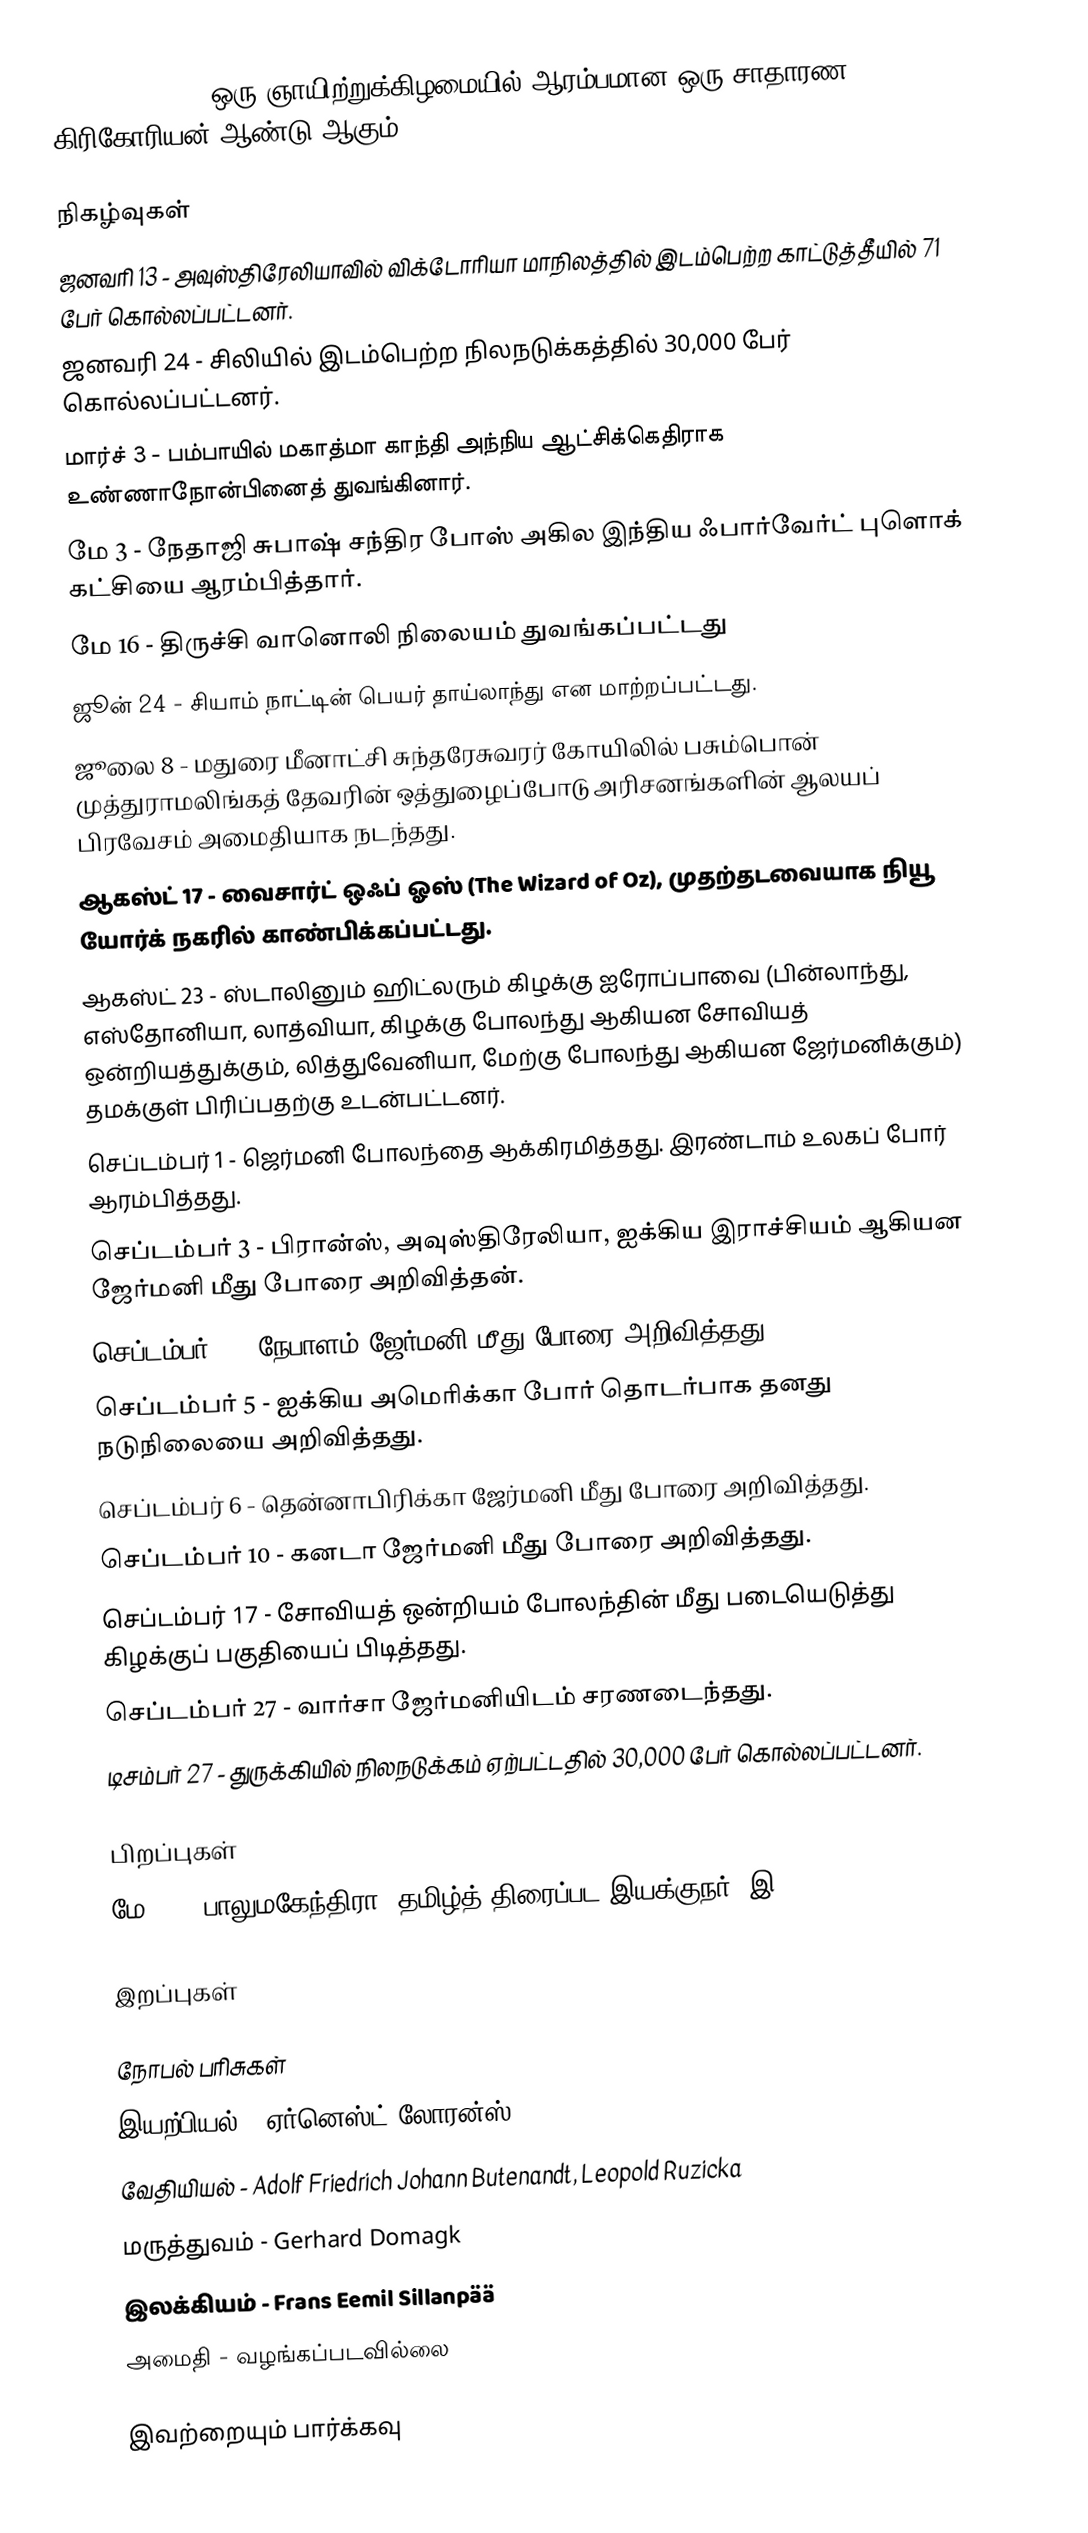
1939  (MCMXXXIX) ஒரு ஞாயிற்றுக்கிழமையில் ஆரம்பமான ஒரு சாதாரண கிரிகோரியன் ஆண்டு ஆகும்.

நிகழ்வுகள்
 ஜனவரி 13 - அவுஸ்திரேலியாவில் விக்டோரியா மாநிலத்தில் இடம்பெற்ற காட்டுத்தீயில் 71 பேர் கொல்லப்பட்டனர்.
 ஜனவரி 24 - சிலியில் இடம்பெற்ற நிலநடுக்கத்தில் 30,000 பேர் கொல்லப்பட்டனர்.
 மார்ச் 3 - பம்பாயில் மகாத்மா காந்தி அந்நிய ஆட்சிக்கெதிராக உண்ணாநோன்பினைத் துவங்கினார்.
 மே 3 - நேதாஜி சுபாஷ் சந்திர போஸ் அகில இந்திய ஃபார்வேர்ட் புளொக் கட்சியை ஆரம்பித்தார்.
 மே 16 - திருச்சி வானொலி நிலையம் துவங்கப்பட்டது
 ஜூன் 24 - சியாம் நாட்டின் பெயர் தாய்லாந்து என மாற்றப்பட்டது.
 ஜூலை 8 - மதுரை மீனாட்சி சுந்தரேசுவரர் கோயிலில் பசும்பொன் முத்துராமலிங்கத் தேவரின் ஒத்துழைப்போடு அரிசனங்களின் ஆலயப் பிரவேசம் அமைதியாக நடந்தது.
 ஆகஸ்ட் 17 - வைசார்ட் ஒஃப் ஓஸ் (The Wizard of Oz), முதற்தடவையாக நியூ யோர்க் நகரில் காண்பிக்கப்பட்டது.
 ஆகஸ்ட் 23 - ஸ்டாலினும் ஹிட்லரும் கிழக்கு ஐரோப்பாவை (பின்லாந்து, எஸ்தோனியா, லாத்வியா, கிழக்கு போலந்து ஆகியன சோவியத் ஒன்றியத்துக்கும், லித்துவேனியா, மேற்கு போலந்து ஆகியன ஜேர்மனிக்கும்) தமக்குள் பிரிப்பதற்கு உடன்பட்டனர்.
 செப்டம்பர் 1 - ஜெர்மனி போலந்தை ஆக்கிரமித்தது. இரண்டாம் உலகப் போர் ஆரம்பித்தது.
 செப்டம்பர் 3 - பிரான்ஸ், அவுஸ்திரேலியா, ஐக்கிய இராச்சியம் ஆகியன ஜேர்மனி மீது போரை அறிவித்தன்.
 செப்டம்பர் 4 - நேபாளம் ஜேர்மனி மீது போரை அறிவித்தது.
 செப்டம்பர் 5 - ஐக்கிய அமெரிக்கா போர் தொடர்பாக தனது நடுநிலையை அறிவித்தது.
 செப்டம்பர் 6 - தென்னாபிரிக்கா ஜேர்மனி மீது போரை அறிவித்தது.
 செப்டம்பர் 10 - கனடா ஜேர்மனி மீது போரை அறிவித்தது.
 செப்டம்பர் 17 - சோவியத் ஒன்றியம் போலந்தின் மீது படையெடுத்து கிழக்குப் பகுதியைப் பிடித்தது.
 செப்டம்பர் 27 - வார்சா ஜேர்மனியிடம் சரணடைந்தது.
 டிசம்பர் 27 - துருக்கியில் நிலநடுக்கம் ஏற்பட்டதில் 30,000 பேர் கொல்லப்பட்டனர்.

பிறப்புகள்
 மே 20 - பாலுமகேந்திரா, தமிழ்த் திரைப்பட இயக்குநர் (இ. 2014)

இறப்புகள்

நோபல் பரிசுகள்
 இயற்பியல் - ஏர்னெஸ்ட் லோரன்ஸ் (Ernest Orlando Lawrence)
 வேதியியல் - Adolf Friedrich Johann Butenandt, Leopold Ruzicka
 மருத்துவம் - Gerhard Domagk
 இலக்கியம் - Frans Eemil Sillanpää
 அமைதி - வழங்கப்படவில்லை

இவற்றையும் பார்க்கவு